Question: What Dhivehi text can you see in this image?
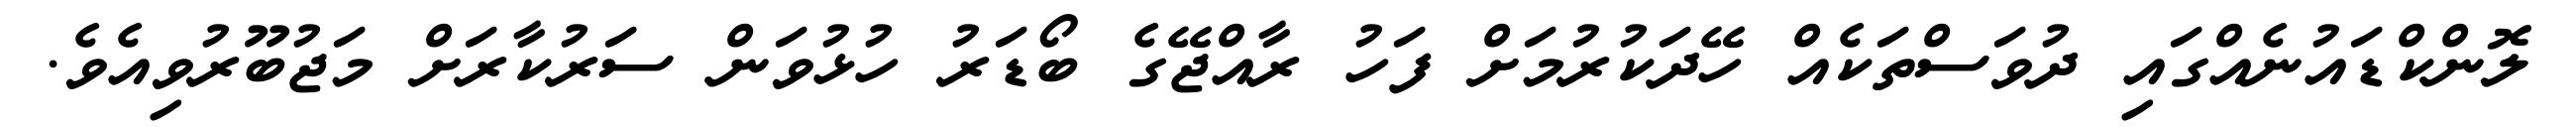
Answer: ލޮންކްޑައުނެއްގައި ދުވަސްތަކެއް ހޭދަކުރުމަށް ފަހު ރާއްޖޭގެ ބޯޑަރު ހުޅުވަން ސަރުކާރަށް މަޖުބޫރުވިއެވެ.